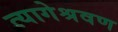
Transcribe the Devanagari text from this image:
त्यागेश्रवण